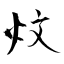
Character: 炆